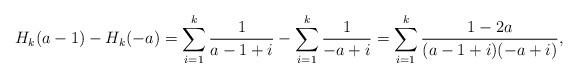
LaTeX: \begin{align*}H_k(a-1)-H_k(-a)=\sum_{i=1}^k\frac{1}{a-1+i}-\sum_{i=1}^k\frac{1}{-a+i}=\sum_{i=1}^k\frac{1-2a}{(a-1+i)(-a+i)},\end{align*}